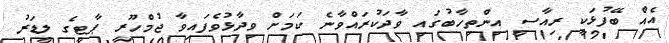
އެއް ބޭފުޅަކީ ރިއާސީ އިންތިހާބުގައި ވާދަކުރައްވާނެ ކަމަށް ވިދާޅުވެފައިވާ ޖުމްހޫރީ ޕާޓީގެ ލީޑަރު